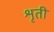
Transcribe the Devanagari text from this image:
शृती